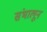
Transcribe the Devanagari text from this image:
संभालून